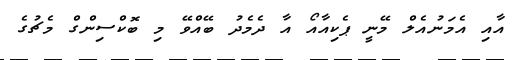
އާއި އެމަނުއެލް މޭނީ ޕެކިއާއޯ އާ ދެމެދު ބޭއްވޭ މި ބޮކްސިންގް މެޗުގެ